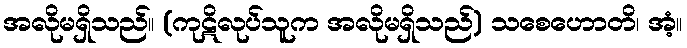
အလိုမရှိသည်။ (ကုဋိလုပ်သူက အလိုမရှိသည်) သစေဟောတိ၊ အံ့။